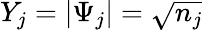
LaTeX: Y_{j}=|\Psi_{j}|=\sqrt{n_{j}}